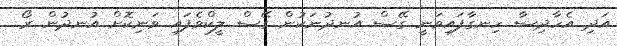
އަދި އެހާދިސާ ހިނގާފައިވަނީ ގޭސް އުނދުނަކުން ގޭސް ލީކްވެފައި ވަނިކޮށް އުނދުން ރޯ